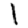
Digit: 1